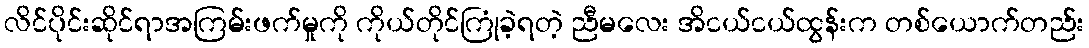
လိင်ပိုင်းဆိုင်ရာအကြမ်းဖက်မှုကို ကိုယ်တိုင်ကြုံခဲ့ရတဲ့ ညီမလေး အိငယ်ငယ်ထွန်းက တစ်ယောက်တည်း